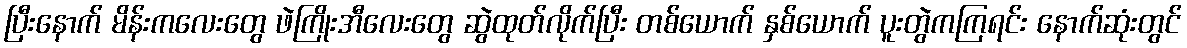
ပြီးနောက် မိန်းကလေးတွေ ဖဲကြိုးအီလေးတွေ ဆွဲထုတ်လိုက်ပြီး တစ်ယောက် နှစ်ယောက် ပူးတွဲကကြရင်း နောက်ဆုံးတွင်